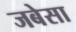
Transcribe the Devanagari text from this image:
जबेसा